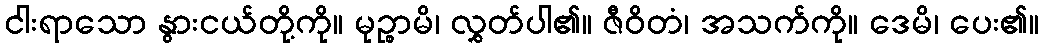
ငါးရာသော နွားငယ်တို့ကို။ မုဉ္စာမိ၊ လွှတ်ပါ၏။ ဇီဝိတံ၊ အသက်ကို။ ဒေမိ၊ ပေး၏။